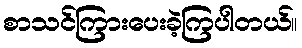
စာသင်ကြားပေးခဲ့ကြပါတယ်။